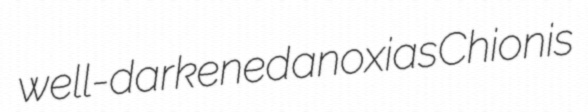
well-darkened anoxias Chionis